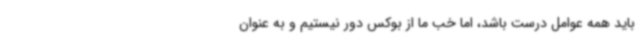
باید همه عوامل درست باشد، اما خب ما از بوکس دور نیستیم و به عنوان‌